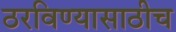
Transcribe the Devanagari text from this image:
ठरविण्यासाठीच